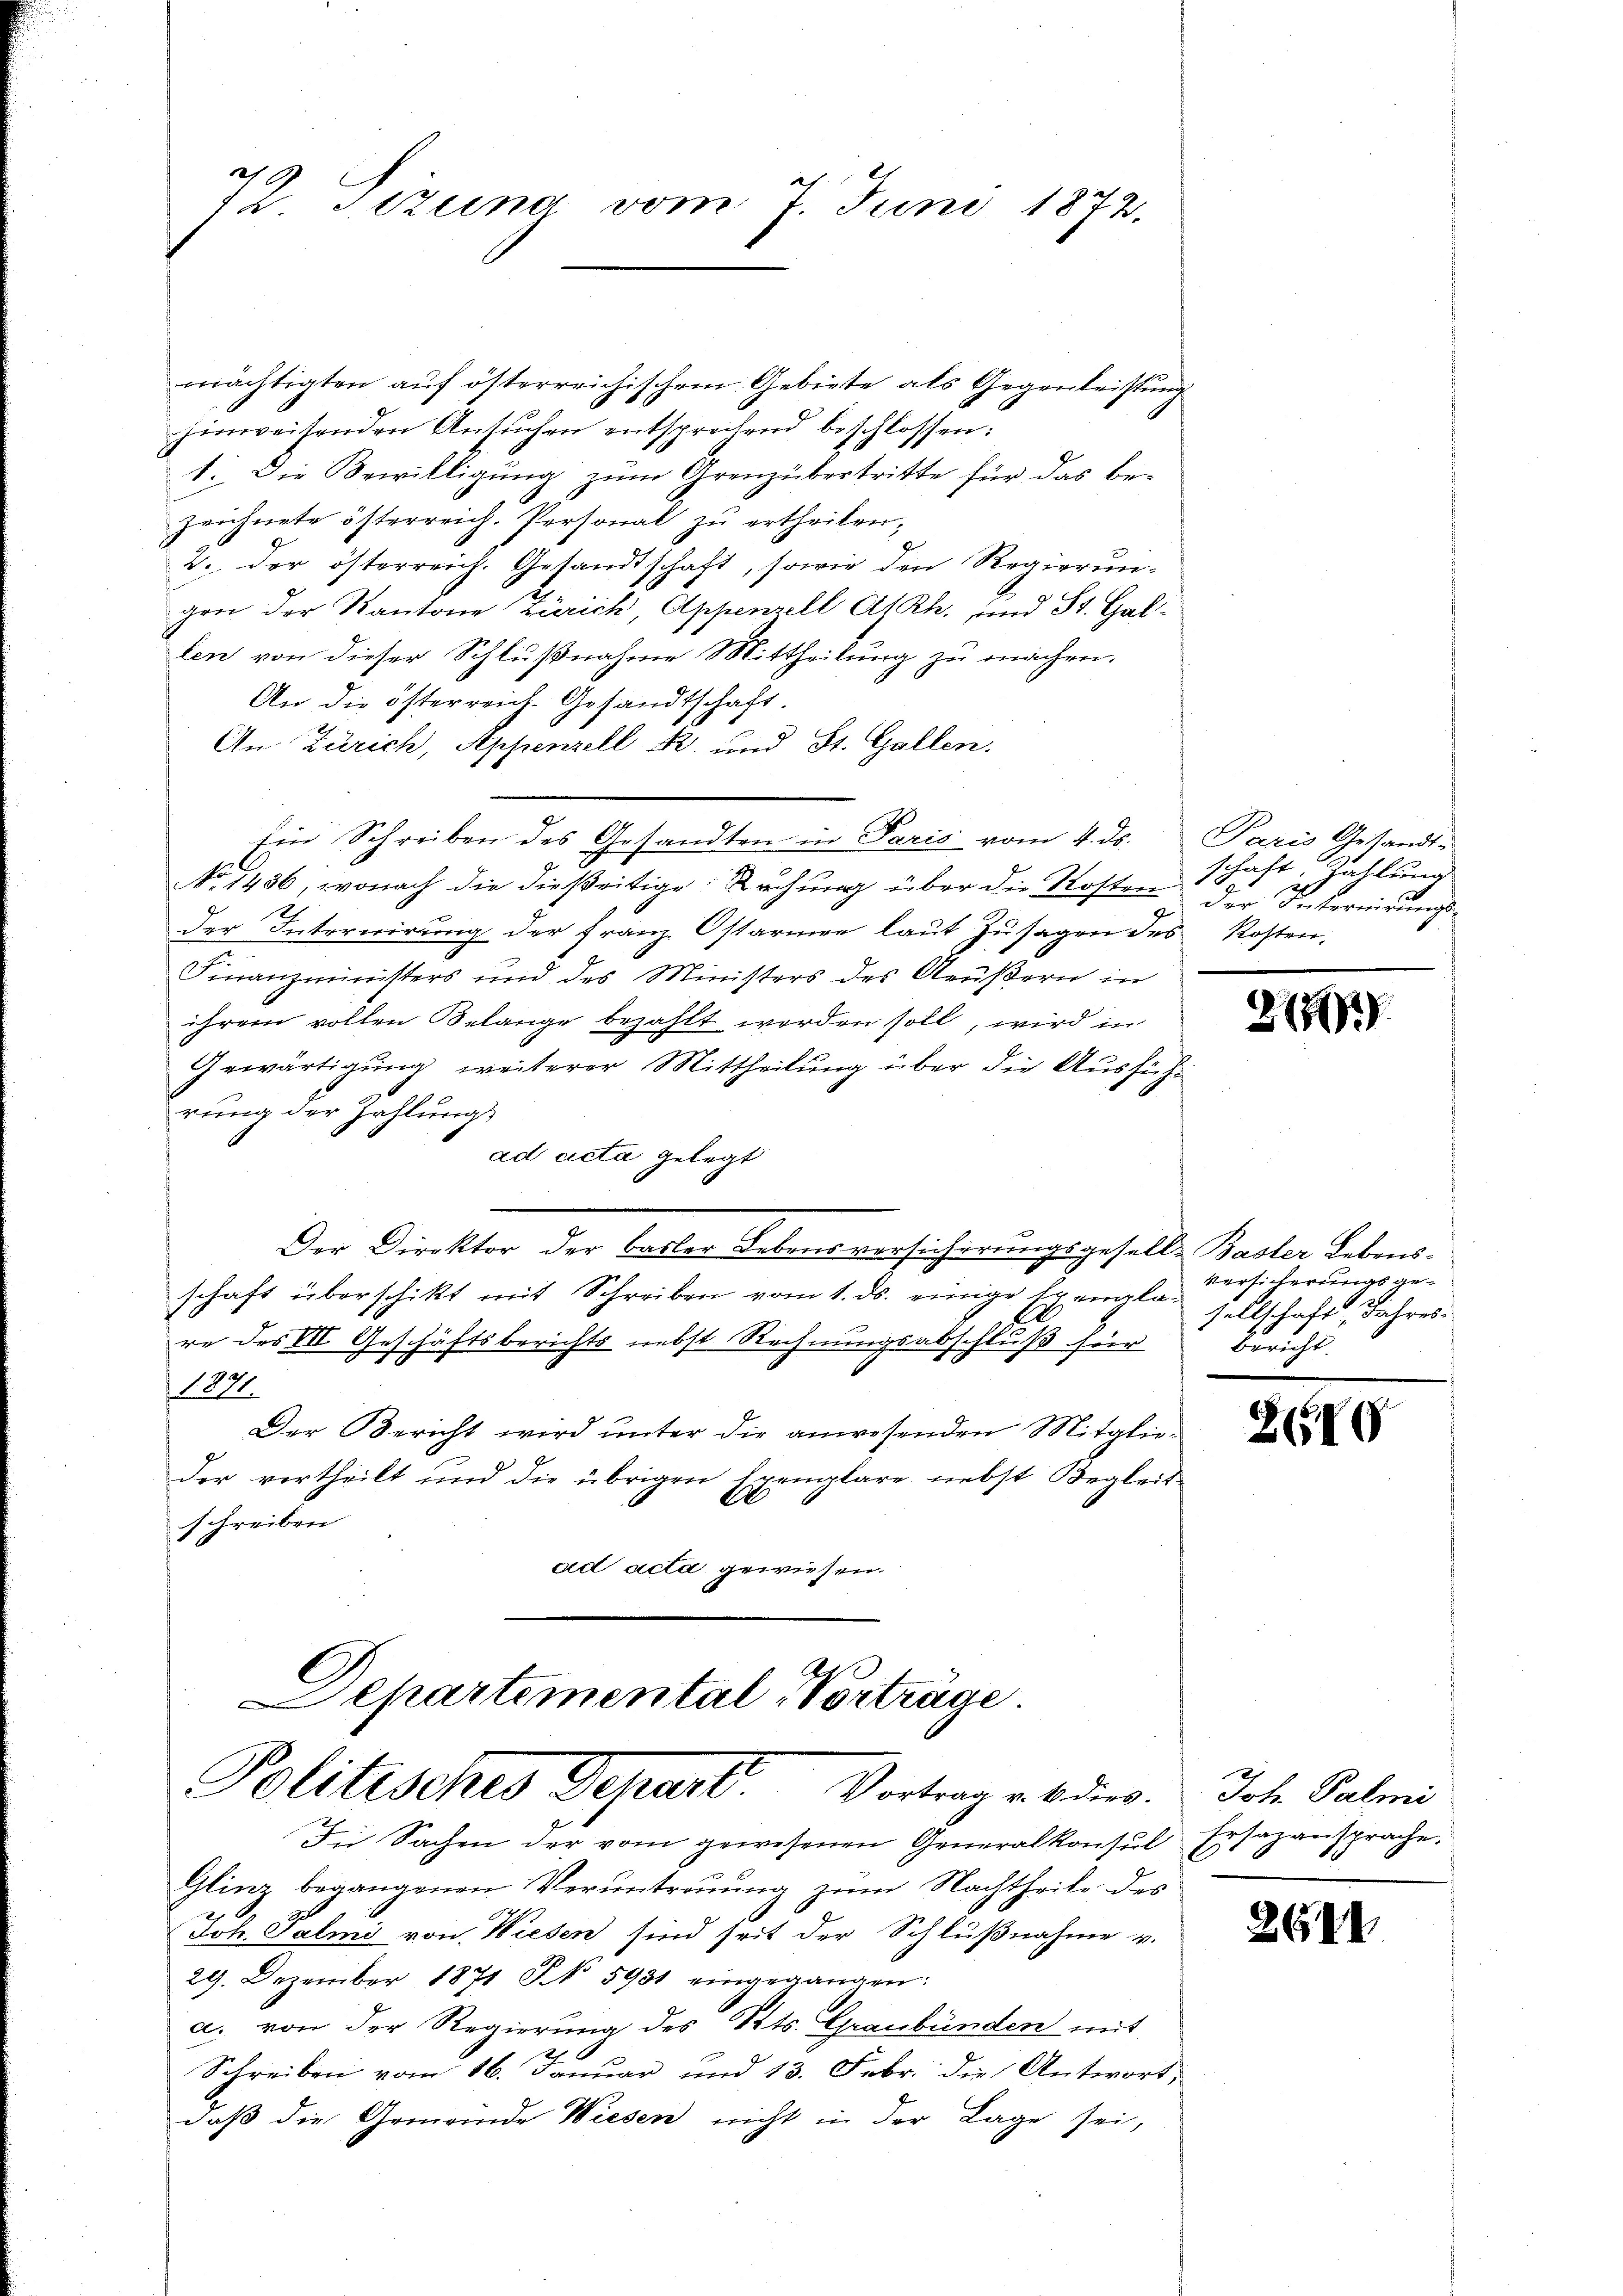
29
sa Sizung vom 7. Juni 1872.

mächtigten auf österreichischem Gebiete als Gegenleistung
hinweisenden Ansŭchen entsprechend beschlossen:
1. Die Bewilligung zum Grenzübertritte für das be-
Zeichnete österreich. Personal zu ertheilen,
2. der österreich. Gesandtschaft, sowie den Regierungen der Kantone Zürich, Appenzell AtRh. und St. Gallen von dieser Schlußnahme Mittheilung zu machen.
An die österreich. Gesandtschaft.
An Zürich, Appenzell R. und St. Gallen.
Ein Schreiben des Gesandten in Paris vom 4. ds.
No 1436, wonach die dießeitige Kuchung über die Kosten
2
der Interiirung der Franz. Ostarmer laut Zusagen des Kosten,
Finanzministers und des Ministers des Aeußern in
ihrem vollen Belange bezahlt werden soll, wird in
Gewärtigung weiterer Mittheilung über die Ausführung der Zahlungs
ad acta gelegt
Der Direktor der Basler Lebensversicherungsgeselle Basler Lebens-
schaft überschikt mit Schreiben vom 1. ds. einige Exemplare des VII Geschäftsberichts nebst Rechnungsabschluß für
101.
Der Bericht wird unter die anwesenden Mitglieder vertheilt und die übrigen Exemplare nebst Begleit
schreiben
ad acta gewiesen.
Departemental Vorträge

Politisches Depart. Vortrag ab des
Die Sachen der vom gewesenen Generalkonsul

Glinz begangenen Veruntreuung zum Nachtheile des
Joh. Salmi von Wiesen sind seit der Schlußnahme v.
29. Dezember 1871 § 5931 eingegangen:
a. von der Regierung des Stts. Graubünden mit
Schreiben vom 16. Januar und 13. Febr. die Antwort,
daß die Gemeinde Wiesen nicht in der Lage sei,

Paris Gesandt-
schaft. Zahlung
der Intereitungs¬

2

versicherungsgesellschaft, Jahres
Bericht.

2610

Joh. Palmi
Ersazansprache.

264